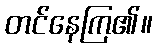
တင်နေကြ၏။